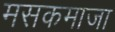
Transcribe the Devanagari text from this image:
मसकमाजा